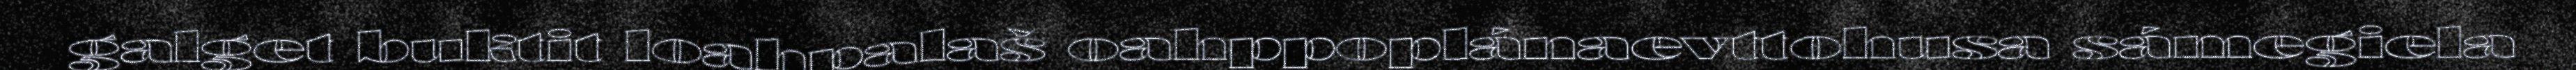
galget buktit loahpalaš oahppoplánaevttohusa sámegiela